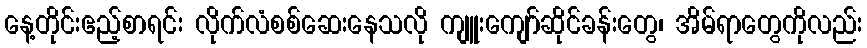
နေ့တိုင်းဧည့်စာရင်း လိုက်လံစစ်ဆေးနေသလို ကျူးကျော်ဆိုင်ခန်းတွေ၊ အိမ်ရာတွေကိုလည်း